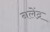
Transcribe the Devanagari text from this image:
नलेंद्र